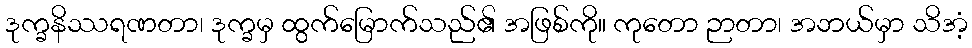
ဒုက္ခနိဿရဏတာ၊ ဒုက္ခမှ ထွက်မြောက်သည်၏ အဖြစ်ကို။ ကုတော ဉာတာ၊ အဘယ်မှာ သိအံ့